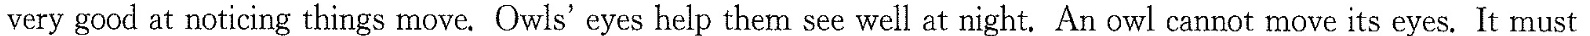
very good at noticing things move.Owls' eyes help them see well at night.An owl cannot move its eyes.It must